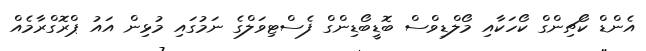
އެންޑް ކޯޗިންގް ކޯހަކާއި މޯލްޑިވްސް ބޮޑީބޯޑިންގް ފެސްޓިވަލްގެ ނަމުގައި މުޅިން އައު ޕްރޮގްރާމެއް